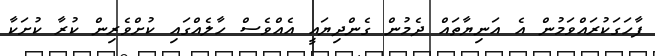
ފާހަގަކުރައްވަމުން އެ އަނިޔާތައް ދެމުން ގެންދިޔައީ އެއްވެސް ހާލެއްގައި ކުށްވެރިން ކުރާ ކުށަކާ